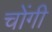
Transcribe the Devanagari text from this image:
चोंगी